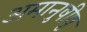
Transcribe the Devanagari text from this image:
अमानुषीषु